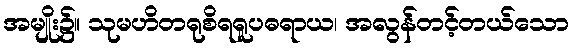
အမျိုး၌။ သုမဟိတရုစိရရူပဓရာယ၊ အလွန်တင့်တယ်သော